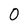
Character: 0